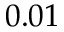
0 . 0 1